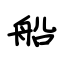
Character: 船